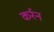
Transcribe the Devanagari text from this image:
कर्रन